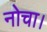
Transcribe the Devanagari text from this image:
नोचा।